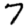
Digit: 7